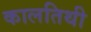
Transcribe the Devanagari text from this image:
कालतिथी